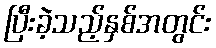
ပြီးခဲ့သည့်နှစ်အတွင်း